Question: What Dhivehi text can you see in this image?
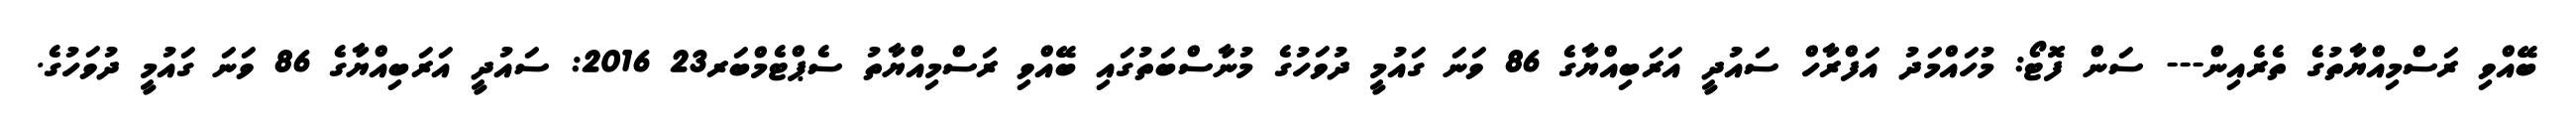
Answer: ބޭއްވި ރަސްމިއްޔާތުގެ ތެރެއިން--- ސަން ފޮޓޯ: މުހައްމަދު އަފްރާހް ސައުދީ އަރަބިއްޔާގެ 86 ވަނަ ގައުމީ ދުވަހުގެ މުނާސްބަތުގައި ބޭއްވި ރަސްމިއްޔާތު ސެޕްޓެމްބަރ23 2016: ސައުދީ އަރަބިއްޔާގެ 86 ވަނަ ގައުމީ ދުވަހުގެ.